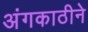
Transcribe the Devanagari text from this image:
अंगकाठीने